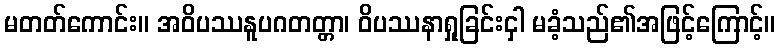
မတတ်ကောင်း။ အဝိပဿနူပဂတတ္တာ၊ ဝိပဿနာရှုခြင်းငှါ မခံ့သည်၏အဖြင့်ကြောင့်။